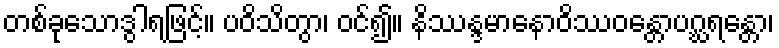
တစ်ခုသောဒွါရဖြင့်။ ပဝိသိတွာ၊ ဝင်၍။ နိဿန္ဒမာနောဝိဿဝန္တောပဂ္ဃရန္တော၊